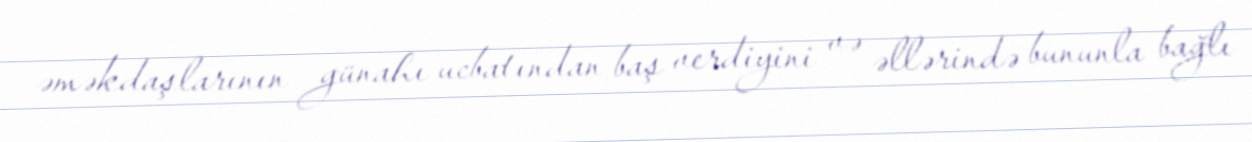
əməkdaşlarının günahı ucbatından baş verdiyini və əllərində bununla bağlı